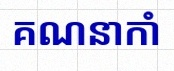
គណនាកាំ